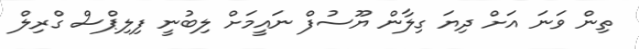
ތިން ވަނަ އަށް ދިޔަ ގިލާން ޔޫސުފް ނައީމަށް ލިބުނީ ފިލިޕްސް ގްރިލް